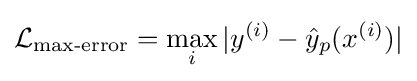
{\mathcal {L}}_{\text{max-error}}=\max _{i}|y^{(i)}-{\hat {y}}_{p}(x^{(i)})|